Papers set at the Examination for Leaving Certificates, 1895
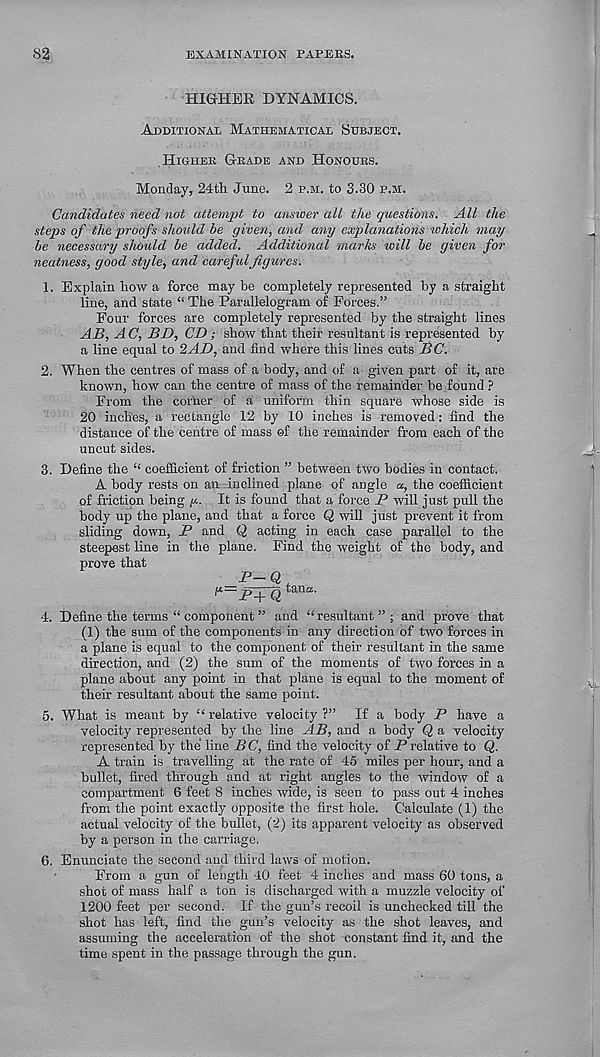
82
EXAMINATION PAPERS.
HIGHER DYNAMICS.
Additional Mathematical Subject,
Higher Grade and Honours.
Monday, 24th June. 2 p.m. to 3.30 p.m.
Candidates need not attempt to answer all the questions. All the
steps of the proofs should be given, and any explanations which may
be necessary should be added. Additional marks will be given for
neatness, good style, and careful figures.
1. Explain how a force may be completely represented by a straight
line, and state “ The Parallelogram of Forces.”
Four forces are completely represented by the straight lines
AB, A C, BD, CD ; show that their resultant is represented by
a line equal to 2AD, and find where this lines cuts B C.
2. When the centres of mass of a body, and of a given part of it, are
known, how can the centre of mass of the remainder be found ?
From the corner of a uniform thin square whose side is
20 inches, a rectangle 12 by 10 inches is removed: find the
distance of the centre of mass of the remainder from each of the
uncut sides.
3. Define the “ coefficient of friction ” between two bodies in contact.
A body rests on an inclined plane of angle <*, the coefficient
of friction being g.. It is found that a force _P will just pull the
body up the plane, and that a force Q will just prevent it from
sliding down, P and Q acting in each case parallel to the
steepest line in the plane. Find the weight of the body, and
prove that
r-Q,
P-p Q taTla ’
4. Define the terms “ component ” and “ resultant ” ; and prove that
(1) the sum of the components in any direction of two forces in
a plane is equal to the component of their resultant in the same
direction, and (2) the sum of the moments of two forces in a
plane about any point in that plane is equal to the moment of
their resultant about the same point.
5. What is meant by “ relative velocity ?” If a body P have a
velocity represented by the line AB, and a body Q a velocity
represented by the line BC, find the velocity of P relative to Q.
A train is travelling at the rate of 45 miles per hour, and a
bullet, fired through and at right angles to the window of a
compartment 6 feet 8 inches wide, is seen to pass out 4 inches
from the point exactly opposite the first hole. Calculate (1) the
actual velocity of the bullet, (2) its apparent velocity as observed
by a person in the carriage.
6. Enunciate the second and third laws of motion.
From a gun of length 40 feet 4 inches and mass 60 tons, a
shot of mass half a ton is discharged with a muzzle velocity of
1200 feet per second. If the gun’s recoil is unchecked till the
shot has left, find the gun’s velocity as the shot leaves, and
assuming the acceleration of the shot constant find it, and the
time spent in the passage through the gun.